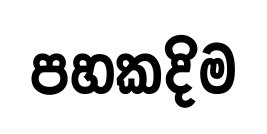
පහකදිම